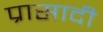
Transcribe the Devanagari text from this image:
प्रासादी